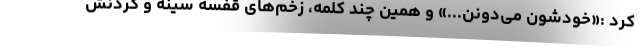
کرد :«خودشون می‌دونن...» و همین چند کلمه، زخم‌های قفسه سینه و گردنش